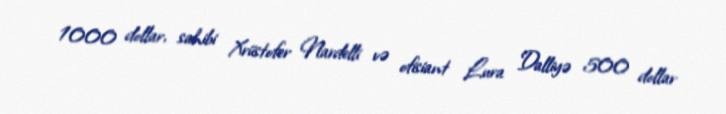
1000 dollar, sahibi Xriistofer Nardelli və ofisiant Lura Dalliyə 500 dollar